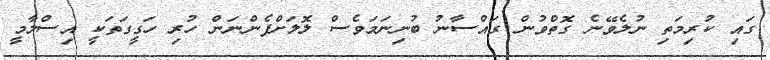
ގައި ކުރިމަތި ނުލެވޭނެ ގޮތްވުން ގައްސާނު ބުނިނަމަވެސް ލޮލަށްފެންނަން ހުރި ހަގީގަތަކީ އިސްލާމީ